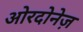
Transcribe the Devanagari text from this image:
ओरदोनेज़